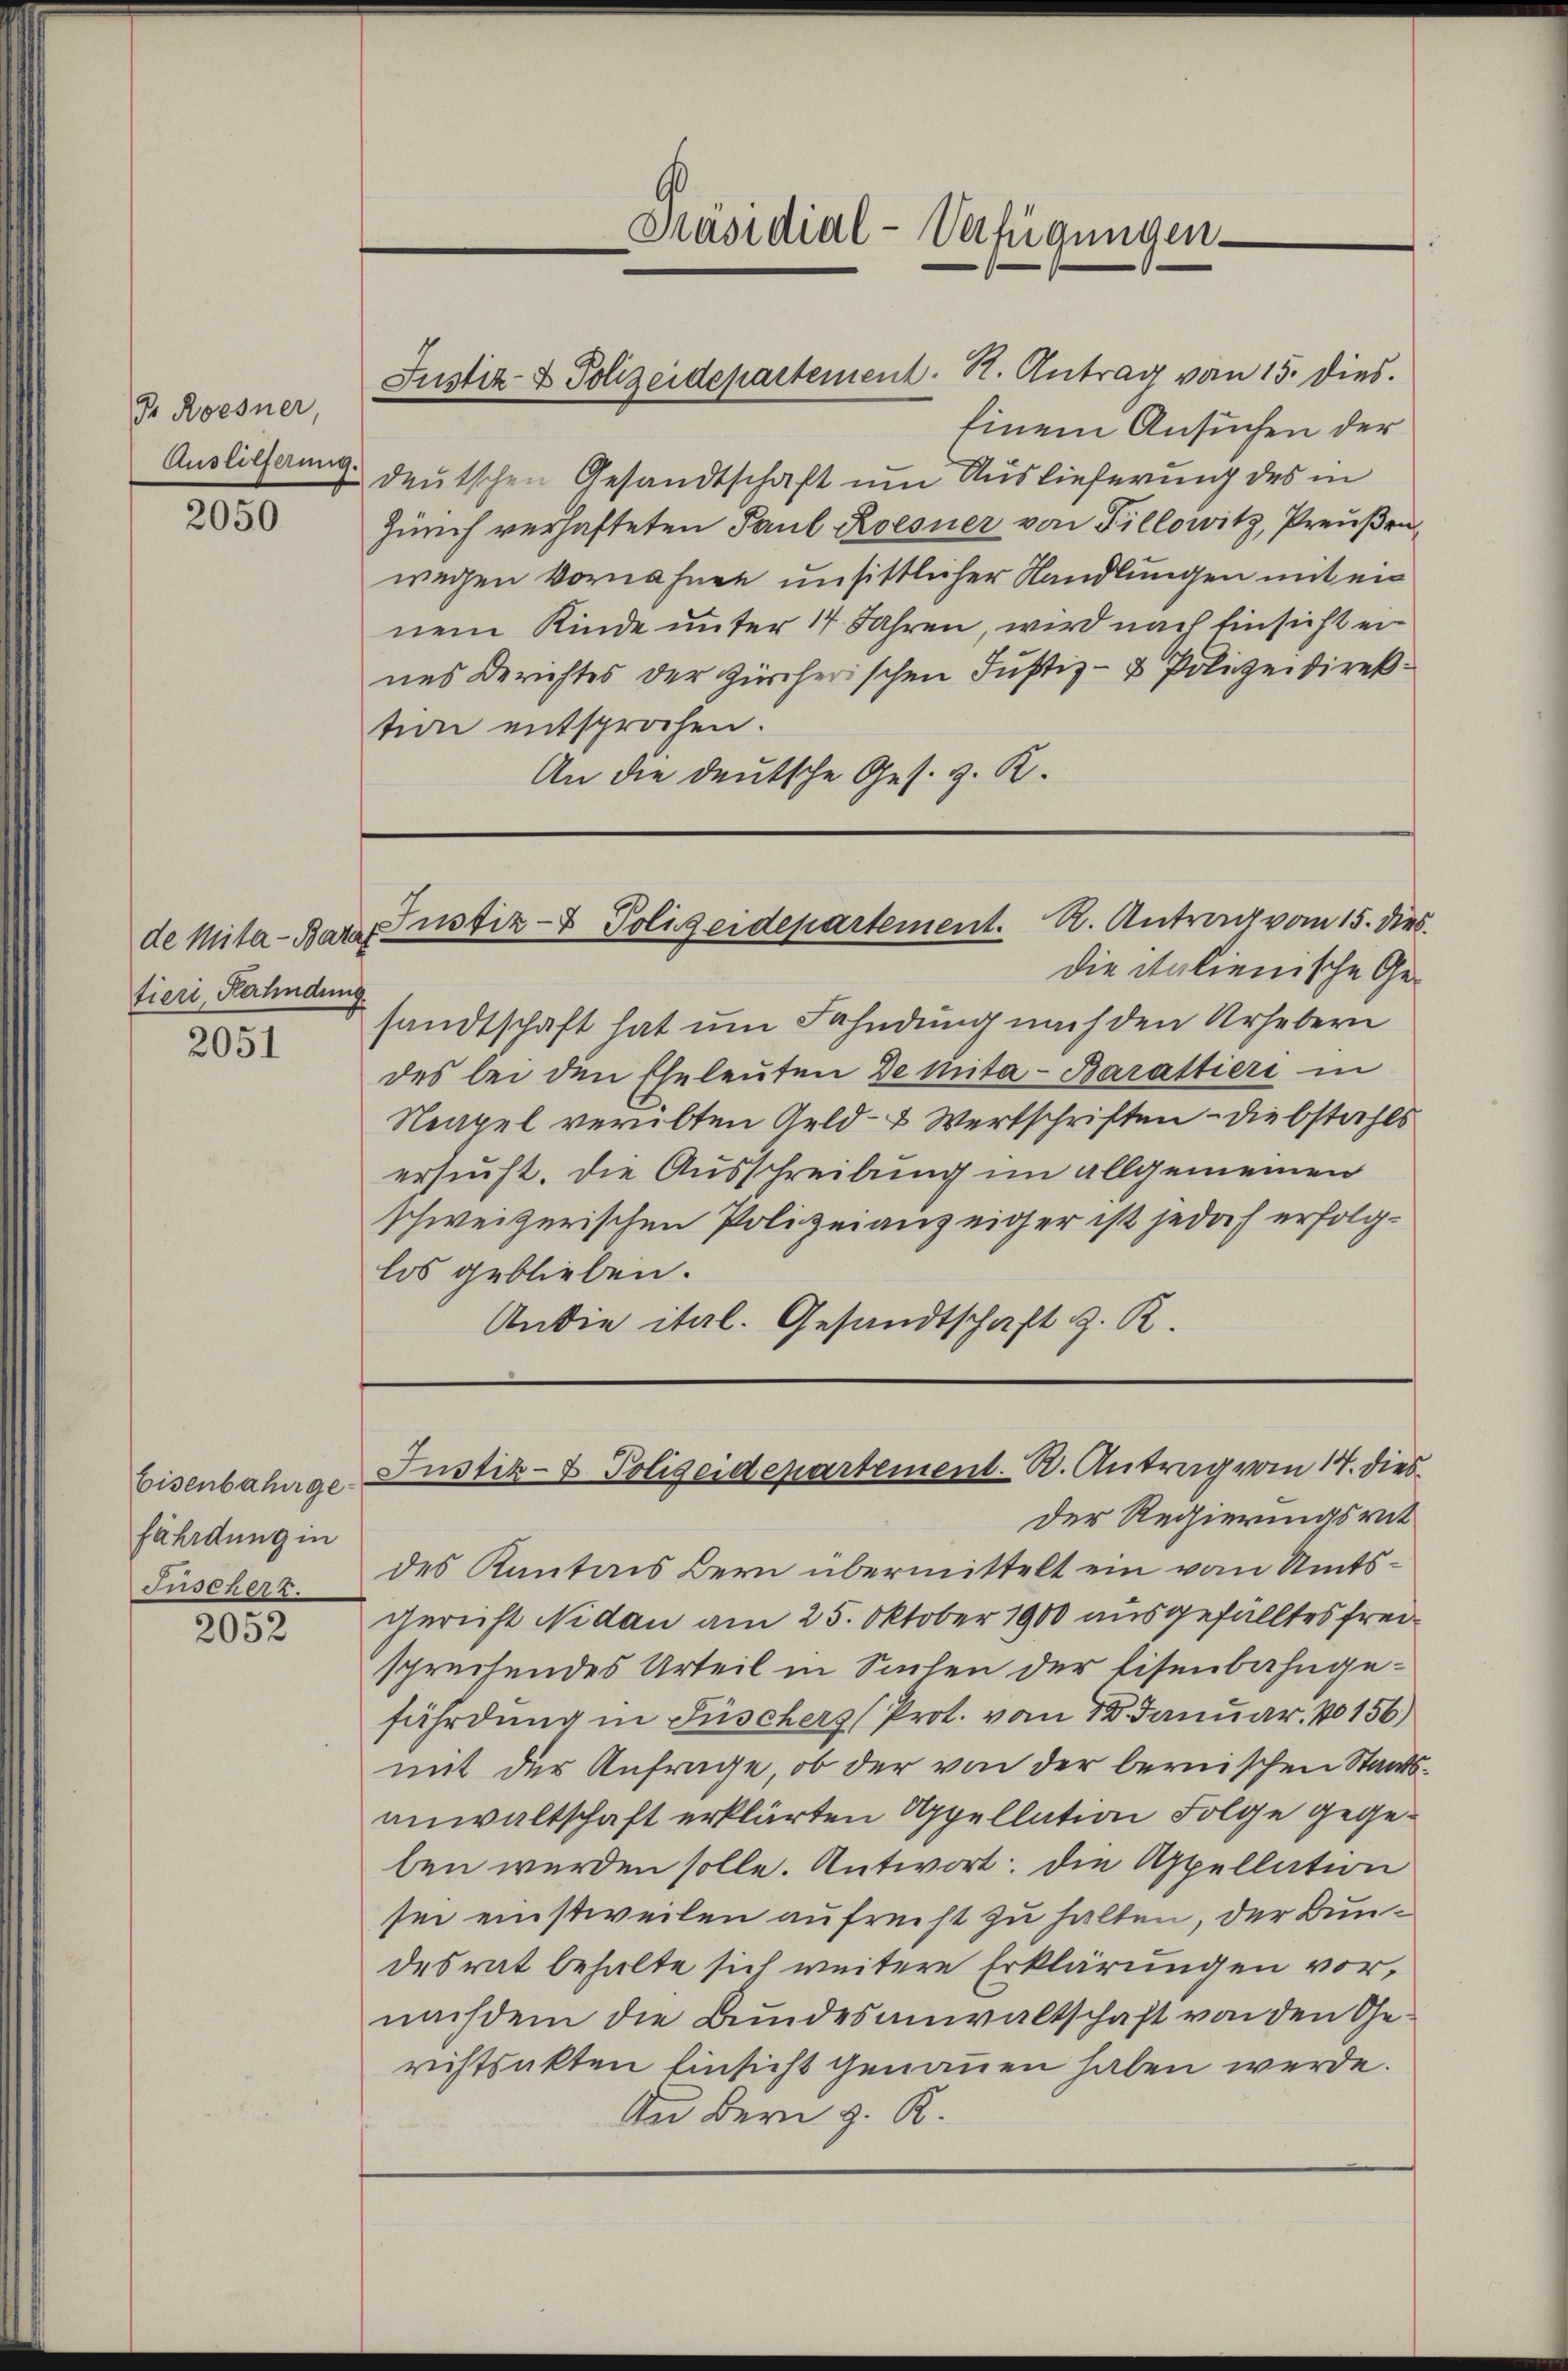
J Roesner,
Auslieferung

2050

de Mita - Bata
tiere, Verhindung

2051

Eisenbahngefährdung in
Jüschert.

2052

Einem Ansuchen der
deutschen Gesandtschaft um Auslieferung des in
Zürich verhafteten Paul Roesner von Fillowitz, Preußen,
wegen Vornahme unsittlicher Handlungen mit ein
nem Kinde unter 14 Jahren, wird nach Einsicht ernes Berichtes der Zürcherischen Justiz- & Polizeidirektion entsprochen.
An die deutsche Ges. v. R.

Justiz- & Polizeidepartement. H. Antrag von 15. dies

Präsidial-Verfügungen.

die italienische Gesandtschaft hat um Fahndung nach den Urhebern
des bei den Eheleuten de mita - Barattieri in
Neapel verübten Geld- & Wertschriften - Diebstahls
ersucht. Die Ausschreibung im allgemeinen
schweizerischen Polizeianzeiger ist jedoch erfolglos geblieben.
Andie ital. Gesandtschaft z. B.

Justiz- & Polizeidepartement. A. Antrag vom 15. dies

Justiz- & Polizeidepartement. R. Antrag vom 14. dies

Der Regierungsrat
des Kantons Bern übermittelt ein vom Amtsgericht Nidau am 25. Oktober 1900 ausgefälltes freisprechendes Urteil in Seelen der Eisenbahngefährdung in Füschers (Prot. vom 18. Januar. 1156)
mit der Anfrage, ob der von der bernischen Staatsanwaltschaft erklärten Appellation Folge gegeben werden solle. Antwort die Appellation
sei einstweilen aufrecht zu halten, der Bundesrat behalte sich weitere Erklärungen vor,
nachdem die Bundesanwaltschaft von den Gerichtsakten Einsicht genauen haben werde.
An Bern z. R.